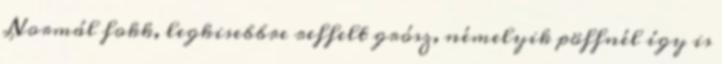
Normál fokk, legkisebbre reffelt grósz, némelyik pöffnél így is